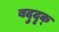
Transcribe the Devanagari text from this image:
बदुदृक्